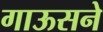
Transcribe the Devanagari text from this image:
गाऊसने